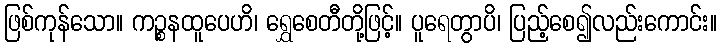
ဖြစ်ကုန်သော။ ကဉ္စနထူပေဟိ၊ ရွှေစေတီတို့ဖြင့်။ ပူရေတွာပိ၊ ပြည့်စေ၍လည်းကောင်း။